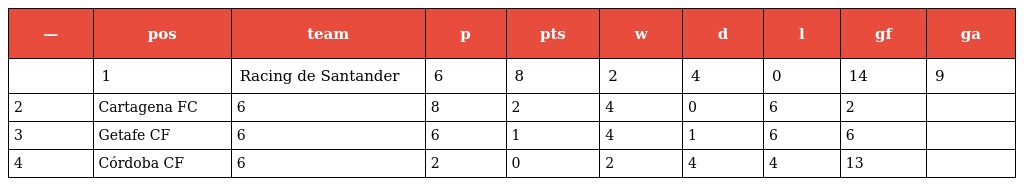
| — | pos | team | p | pts | w | d | l | gf | ga |
 | --- | --- | --- | --- | --- | --- | --- | --- | --- | --- |
 |  | 1 | Racing de Santander | 6 | 8 | 2 | 4 | 0 | 14 | 9 |
 | 2 | Cartagena FC | 6 | 8 | 2 | 4 | 0 | 6 | 2 |  |
 | 3 | Getafe CF | 6 | 6 | 1 | 4 | 1 | 6 | 6 |  |
 | 4 | Córdoba CF | 6 | 2 | 0 | 2 | 4 | 4 | 13 |  |